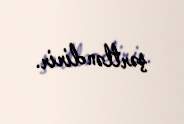
şərtləndirir.